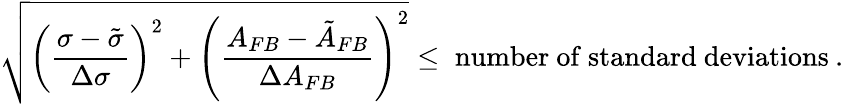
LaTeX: \sqrt{\left(\frac{\sigma-\tilde{\sigma}}{\Delta\sigma}\right)^{2}+\left(\frac{A_{FB}-\tilde{A}_{FB}}{\Delta A_{FB}}\right)^{2}}\leq\; \mathrm{number~of~standard~deviations}\: .